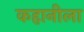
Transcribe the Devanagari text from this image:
कहानीला